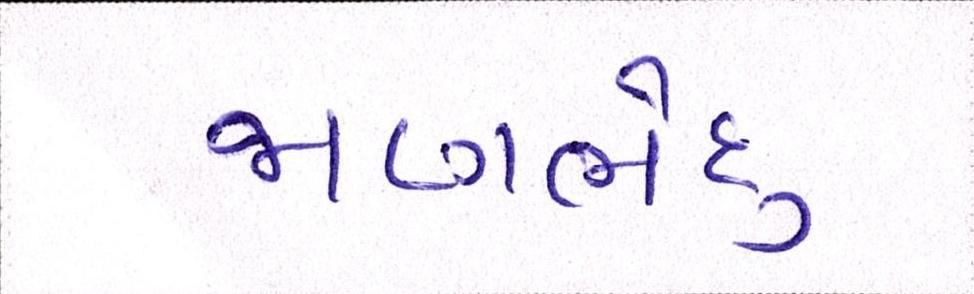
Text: જાણભેદુ